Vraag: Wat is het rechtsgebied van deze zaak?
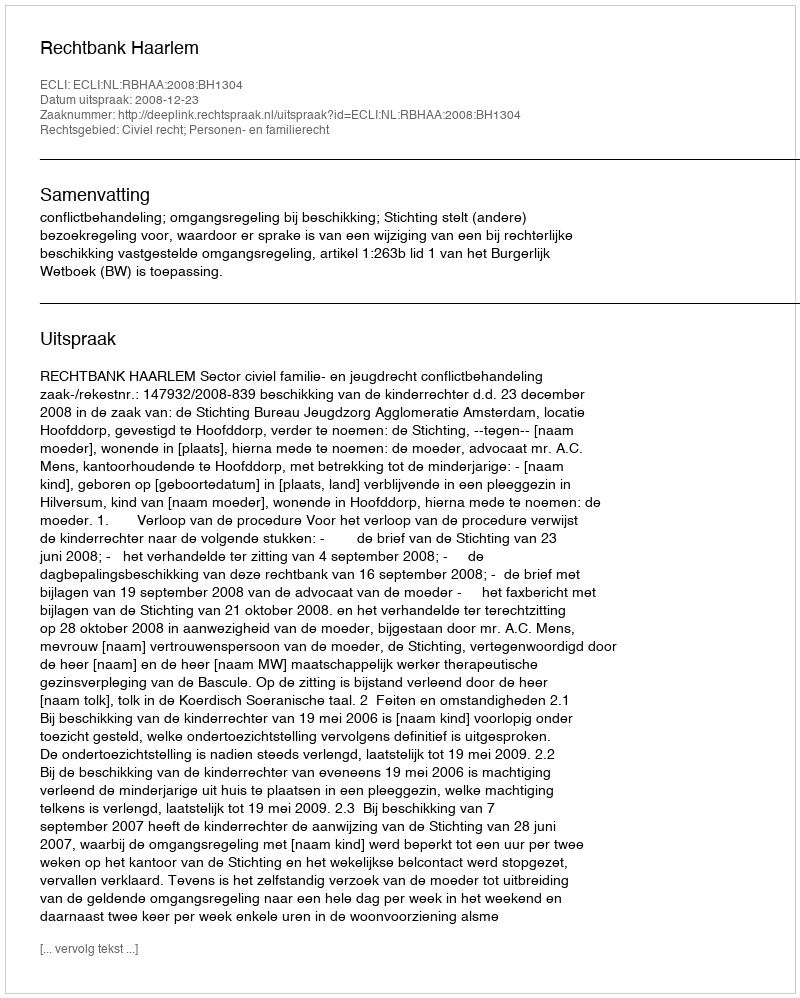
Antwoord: Civiel recht; Personen- en familierecht